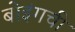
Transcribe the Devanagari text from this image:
बोइंगची